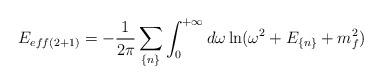
LaTeX: \begin{align*}E_{eff(2+1)}=-\frac{1}{2\pi}\sum_{\{n\}}\int_{0}^{+\infty}d\omega\ln(\omega^{2}+E_{\{n\}}+m^{2}_{f})\end{align*}